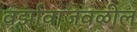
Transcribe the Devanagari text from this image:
वर्झावाजवळील